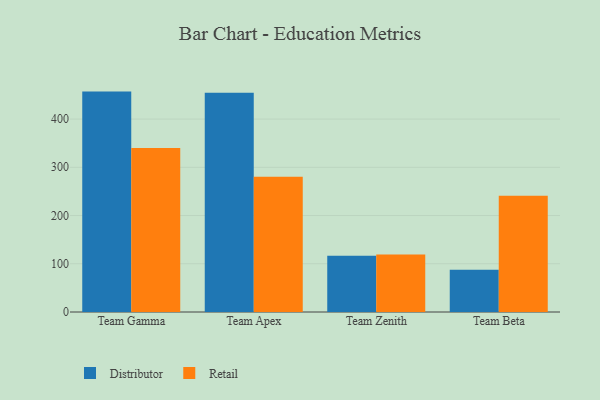
{"axis": {"x": "Team", "y": "Headcount"}, "legend": ["Distributor", "Retail"], "data": [{"x": "Team Gamma", "y": 456.9, "type": "Distributor"}, {"x": "Team Gamma", "y": 340.2, "type": "Retail"}, {"x": "Team Apex", "y": 454.3, "type": "Distributor"}, {"x": "Team Apex", "y": 280.2, "type": "Retail"}, {"x": "Team Zenith", "y": 116.6, "type": "Distributor"}, {"x": "Team Zenith", "y": 119.4, "type": "Retail"}, {"x": "Team Beta", "y": 87.6, "type": "Distributor"}, {"x": "Team Beta", "y": 241.2, "type": "Retail"}]}